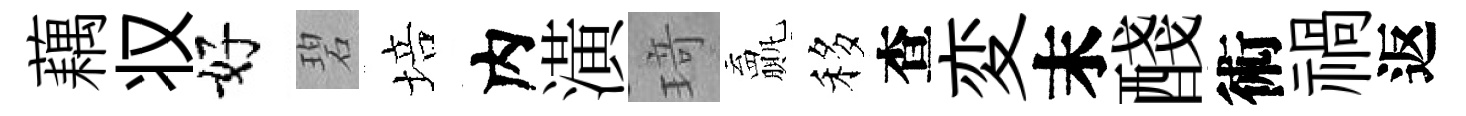
藕𠬧好碧培内潢𤦺贏移查変末醆術禍返